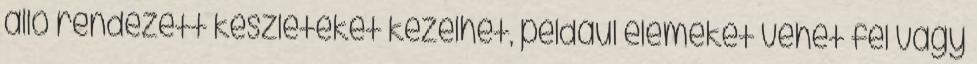
álló rendezett készleteket kezelhet, például elemeket vehet fel vagy